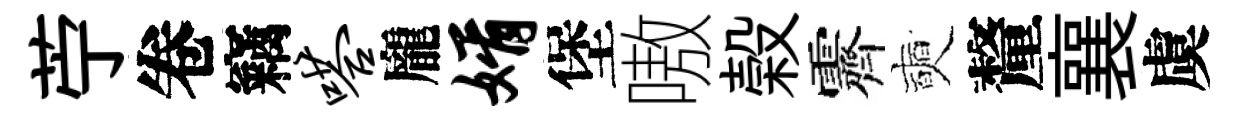
苧卷竊嗒龐婿堡嗷榖霽奭釐襄虞